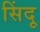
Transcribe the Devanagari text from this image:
सिंदू